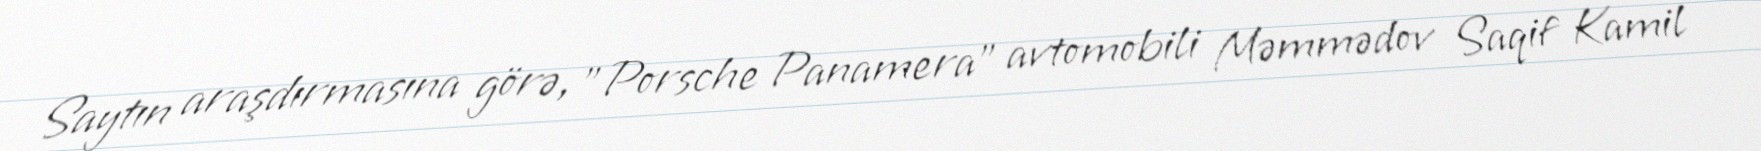
Saytın araşdırmasına görə, "Porsche Panamera" avtomobili Məmmədov Saqif Kamil